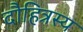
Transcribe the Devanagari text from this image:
दौहित्रस्य